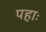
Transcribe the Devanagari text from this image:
पहाः